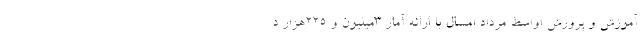
آموزش و پرورش اواسط مرداد امسال با ارائه آمار 3میلیون و 225هزار د